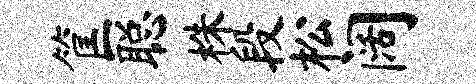
筐聪株段松阔